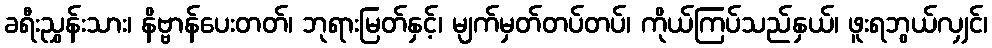
ခရီးညွှန်းသား၊ နိဗ္ဗာန်ပေးတတ်၊ ဘုရားမြတ်နှင့်၊ မျက်မှတ်တပ်တပ်၊ ကိုယ်ကြပ်သည်နှယ်၊ ဖူးရဘွယ်လျှင်၊